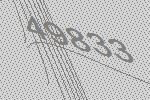
49833